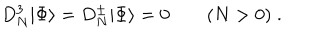
D _ { N } ^ { 3 } | \Phi \rangle = D _ { N } ^ { \pm } | \Phi \rangle = 0 \qquad ( N > 0 ) \; .